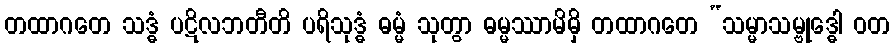
တထာဂတေ သဒ္ဓံ ပဋိလဘတီတိ ပရိသုဒ္ဓံ ဓမ္မံ သုတွာ ဓမ္မဿာမိမှိ တထာဂတေ “သမ္မာသမ္ဗုဒ္ဓေါ ဝတ